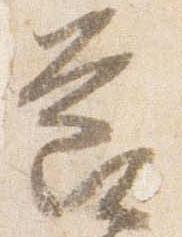
節